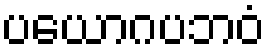
ပယောဂပဘဝံ